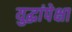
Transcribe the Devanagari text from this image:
युद्धांपेक्षा